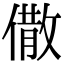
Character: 𠎭